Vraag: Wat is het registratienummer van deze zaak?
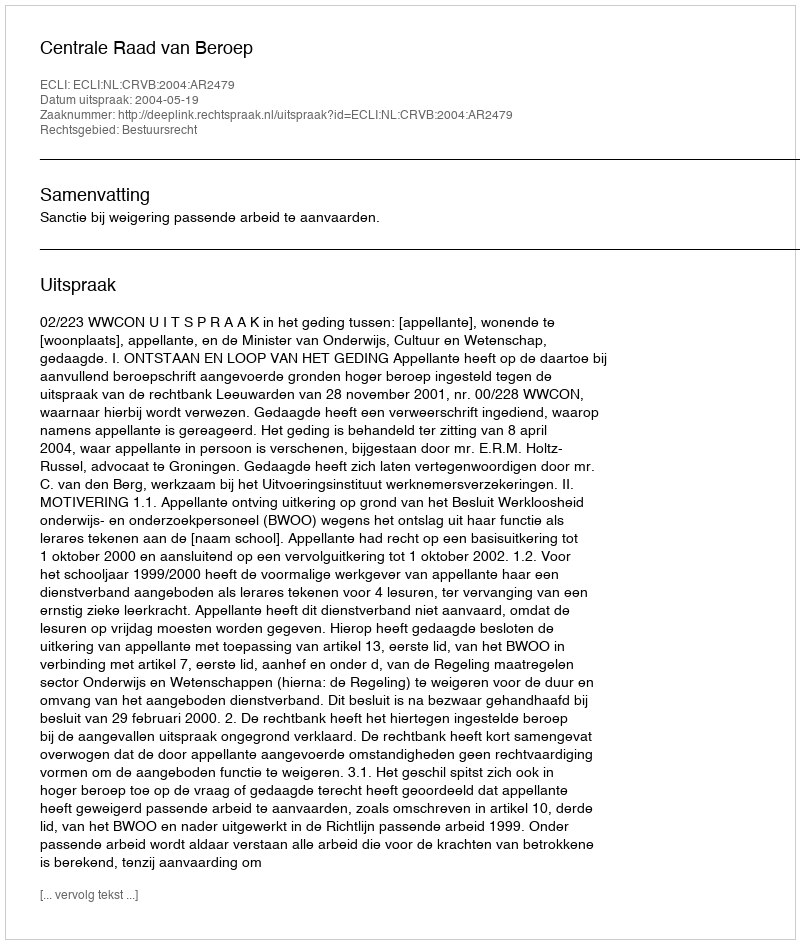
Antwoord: http://deeplink.rechtspraak.nl/uitspraak?id=ECLI:NL:CRVB:2004:AR2479